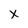
Character: x